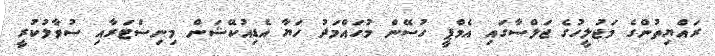
ރައްޔިތުންގެ މަޖުލީހުގެ ޖަލްސާގައި އެމްޕީ ހުސޭން މުހައްމަދު ހަޔާ އެޑިއުކޭޝަން މިނިސްޓަރާއި ސުވާލުކުރީ